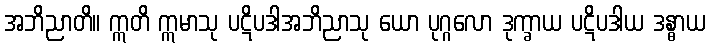
အဘိညာတိ။ ဣတိ ဣမာသု ပဋိပဒါအဘိညာသု ယော ပုဂ္ဂလော ဒုက္ခာယ ပဋိပဒါယ ဒန္ဓာယ